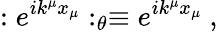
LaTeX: :e^{ik^{\mu}x_{\mu}}:_{\theta}\equiv e^{ik^{\mu}x_{\mu}}~,